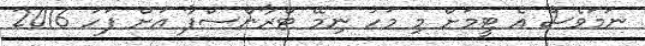
ނަމަވެސް އެ ޓީމަށް މި މަހު ނިމޭ ޓްރާންސްފާ އަށް ފަހު 2016